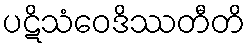
ပဋိသံဝေဒိဿတီတိ